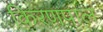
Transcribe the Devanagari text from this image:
किरणपाल